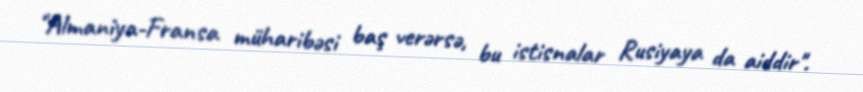
"Almaniya-Fransa müharibəsi baş verərsə, bu istisnalar Rusiyaya da aiddir".